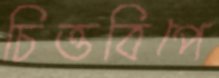
চিত্তবিপে